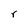
Character: r